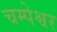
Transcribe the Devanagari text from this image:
चम्पेश्वर